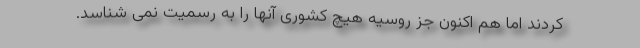
کردند اما هم اکنون جز روسیه هیچ کشوری آنها را به رسمیت نمی شناسد.